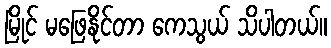
မြိုင် မဖြေနိုင်တာ ကေသွယ် သိပါတယ်။